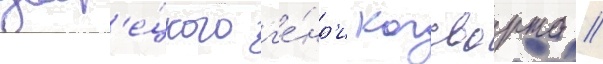
двор'е́цкого г'е́нр'и когсворта //